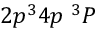
{ 2 p ^ { 3 } 4 p ~ ^ { 3 } P }